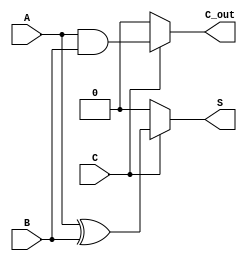
module ConditionalHalfAdder (
    input wire A,      // First single-bit input
    input wire B,      // Second single-bit input
    input wire C,      // Conditional control input
    output wire S,     // Sum output
    output wire C_out  // Carry output
);

    // Combinational logic for Sum and Carry based on the condition C
    assign S = (C) ? (A ^ B) : 1'b0;      // Sum is A XOR B if C is 1, else 0
    assign C_out = (C) ? (A & B) : 1'b0;  // Carry is A AND B if C is 1, else 0

endmodule